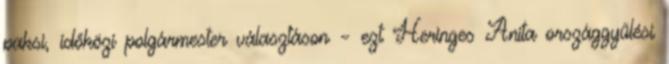
paksi, időközi polgármester választáson – ezt Heringes Anita országgyűlési